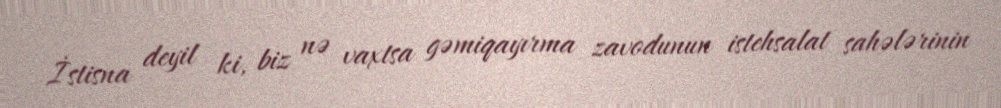
İstisna deyil ki, biz nə vaxtsa gəmiqayırma zavodunun istehsalat sahələrinin